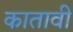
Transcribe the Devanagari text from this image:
कातावी